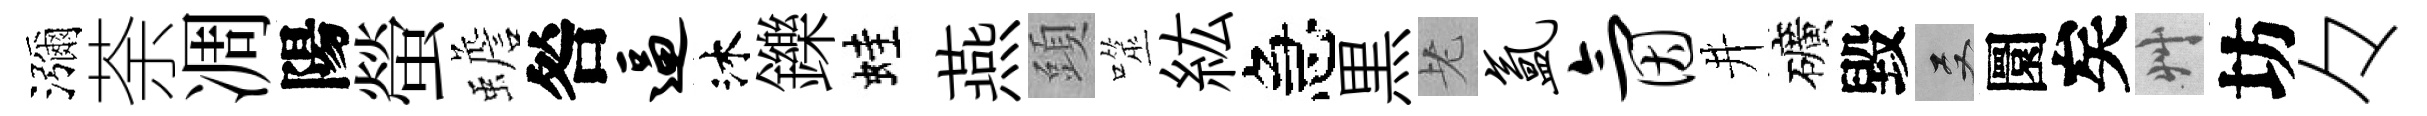
瀰荼凋陽螢蟾咎逼沐鑠蛙燕頭噬紘急黒老氲氤井礦毀双圜矣艸坊々